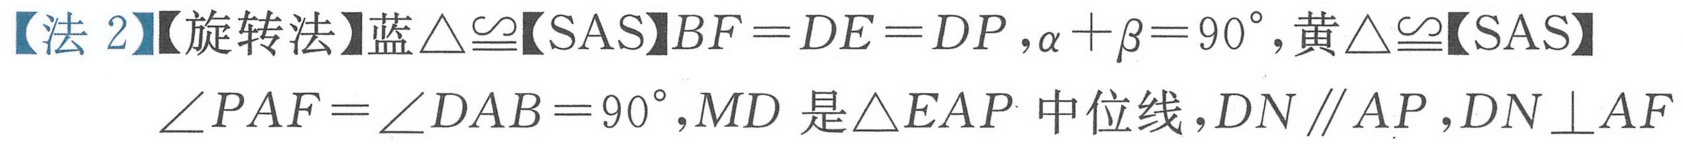
【法 2】【旋转法】蓝\(\triangle\cong\)【SAS】\(BF = DE = DP,\alpha+\beta = 90^{\circ},\)黄\(\triangle\cong\)【SAS】
\(\angle PAF=\angle DAB = 90^{\circ},MD\)是\(\triangle EAP\)中位线，\(DN\parallel AP,DN\perp AF\)